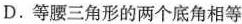
D.等腰三角形的两个底角相等